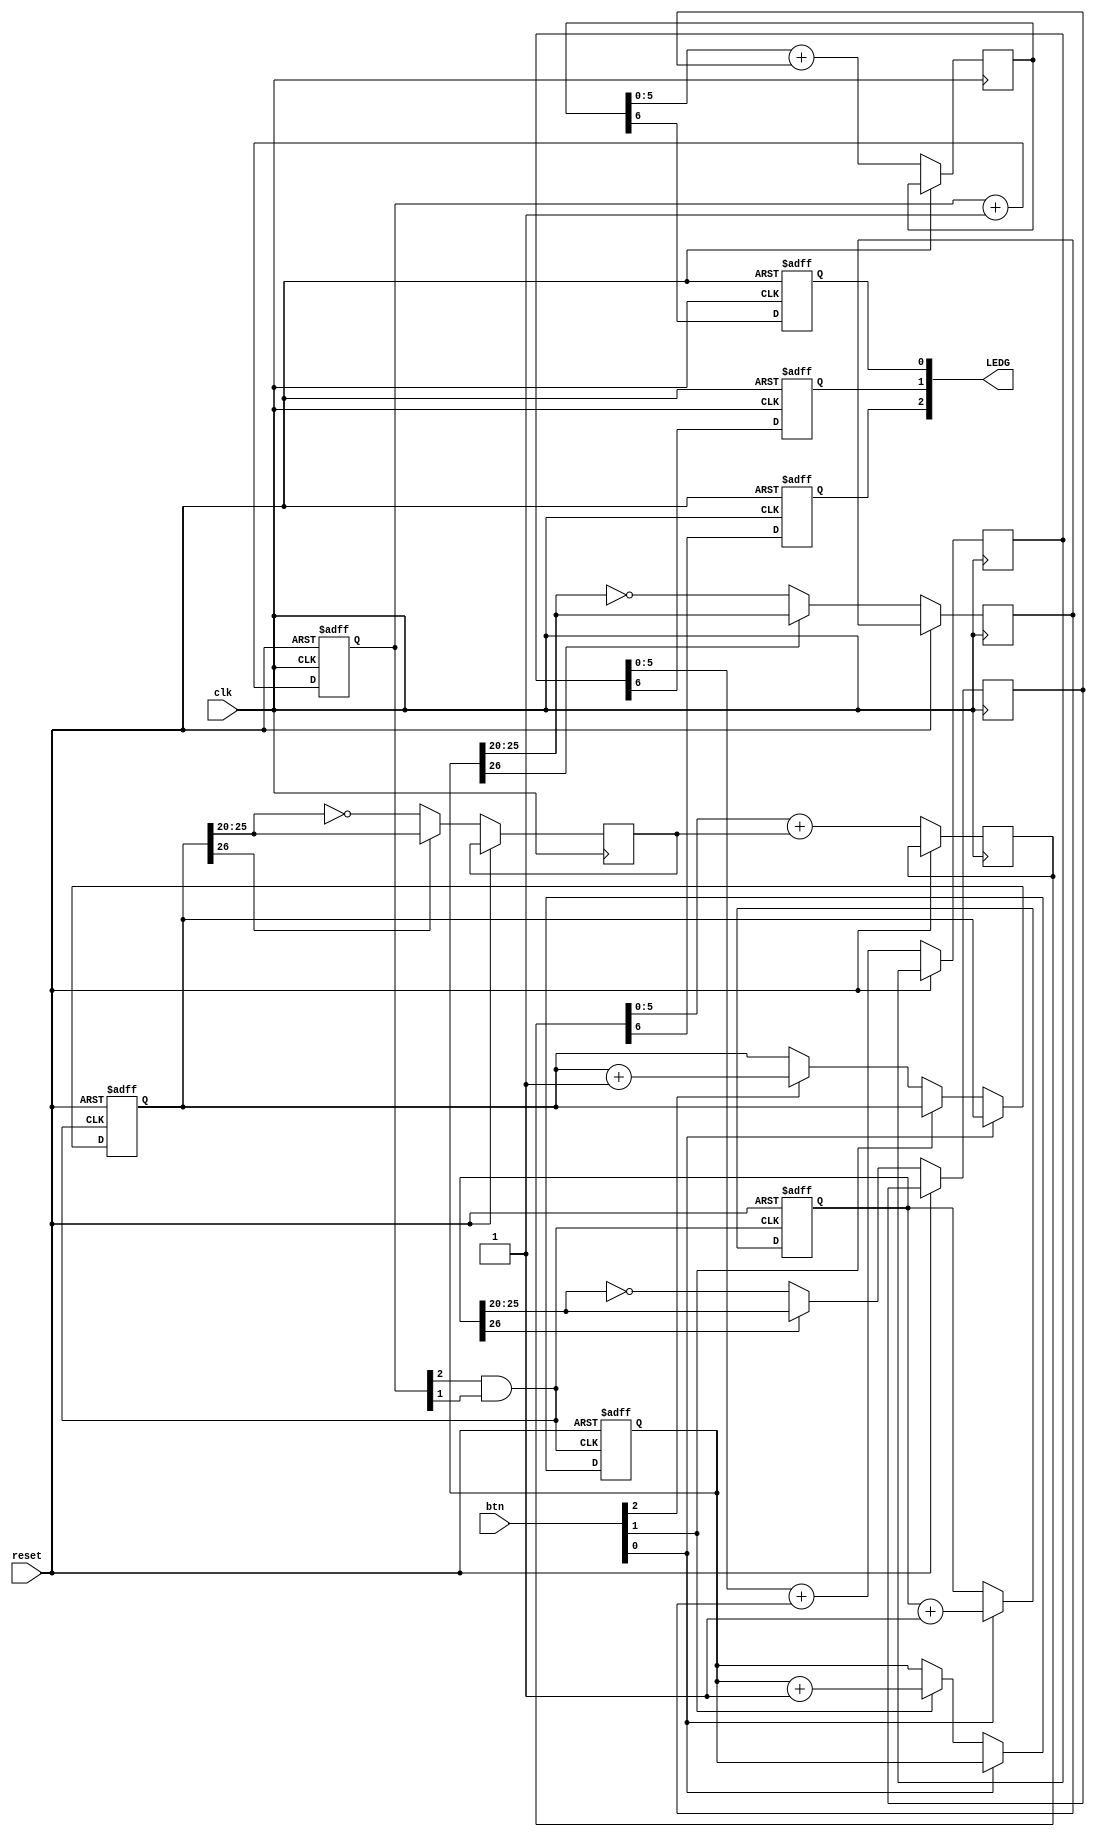
module PWM_LED(clk,btn,reset,LEDG);

input        clk;
input  [2:0] btn;
input        reset;
output [2:0] LEDG; 

reg [2:0]  counter ;

reg [26:0] counter_R; 
reg [5:0]  PWM_adj_R; 
reg [6:0]  PWM_width_R; 

reg [26:0] counter_G; 
reg [5:0]  PWM_adj_G; 
reg [6:0]  PWM_width_G; 

reg [26:0] counter_B; 
reg [5:0]  PWM_adj_B; 
reg [6:0]  PWM_width_B; 

reg [2:0] LEDG; 

always @(posedge clk or posedge reset) 
begin
	if (reset) 
	begin
		counter <= 0 ;
	end
	else begin
		counter <= counter + 1 ; 
	end
end

wire clk_div ;
assign clk_div = counter[2]&&counter[1];

always @(posedge clk_div or posedge reset) begin
	if (reset) 
		begin
	    	counter_R <= 0;
	    	counter_G <= 0;
	    	counter_B <= 0; 
		end
	else if (btn[0]) begin counter_R <= counter_R+1;end
	else if (btn[1]) begin counter_G <= counter_G+1;end
	else if (btn[2]) begin counter_B <= counter_B+1;end
end

always @(posedge clk or posedge reset)
   begin 
    if(reset)     
      begin 
        LEDG[0] <= 1;      
      end  
    else begin 
        PWM_width_R <= PWM_width_R[5:0]+ PWM_adj_R;    
        if(counter_R[26]) 
			begin 
				PWM_adj_R <=  counter_R[25:20]; 
			end            
			else begin 
				PWM_adj_R <= ~counter_R[25:20]; 
			end     
		LEDG[0] <= PWM_width_R[6];         
       end 
   end 

always @(posedge clk or posedge reset)
   begin 
    if(reset)     
      begin 
        LEDG[1] <= 1;      
      end  
    else begin 
        PWM_width_G <= PWM_width_G[5:0]+ PWM_adj_G;    
        if(counter_G[26]) 
			begin 
				PWM_adj_G <=  counter_G[25:20]; 
			end            
			else begin 
				PWM_adj_G <= ~counter_G[25:20]; 
			end     
		LEDG[1] <= PWM_width_G[6];         
       end 
   end

always @(posedge clk or posedge reset)
   begin 
    if(reset)     
      begin 
        LEDG[2] <= 1;      
      end  
    else begin 
        PWM_width_B <= PWM_width_B[5:0]+ PWM_adj_B;    
        if(counter_B[26]) 
			begin 
				PWM_adj_B <=  counter_B[25:20]; 
			end            
			else begin 
				PWM_adj_B <= ~counter_B[25:20]; 
			end     
		LEDG[2] <= PWM_width_B[6];         
       end 
   end
   
endmodule